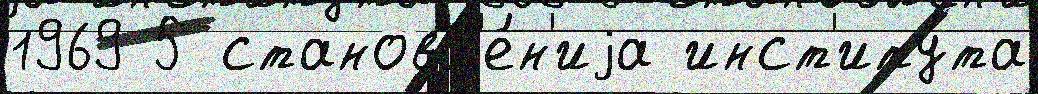
1969 5 становл'е́н'иjа инст'иту́та